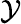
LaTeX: \cal\mathcal{Y}